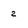
Character: 2